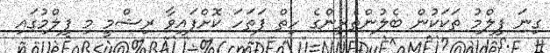
ގިނަ ފިލްމު ތަކަކުން ބެލުންތެރިންގެ ހިތް ފަތަހަ ކޮށްފައިވާ ރިޝްމީ މި ފިލްމުގައި